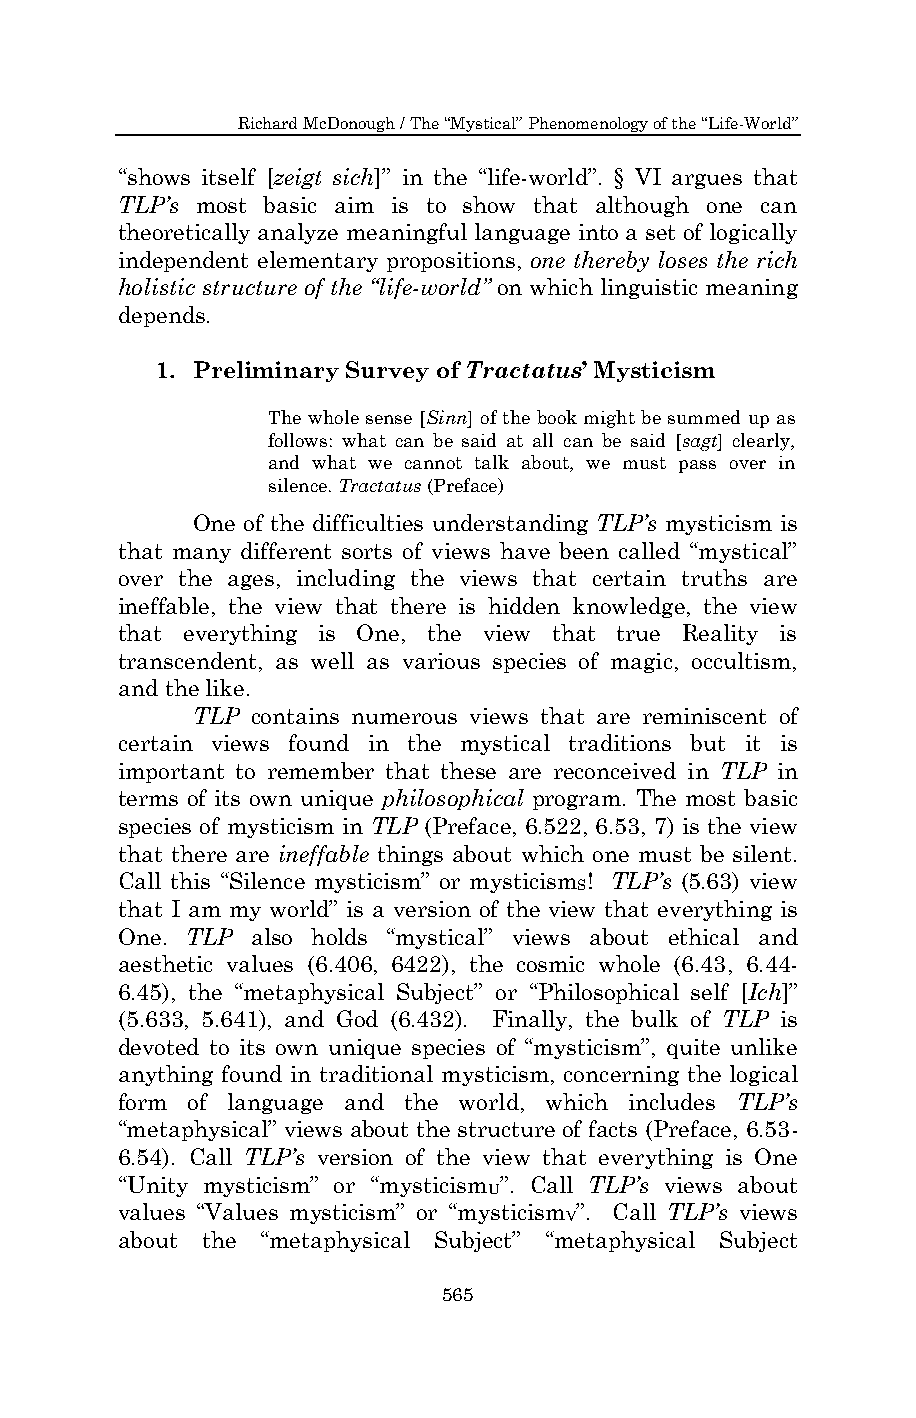
Richard McDonough / The “Mystical” Phenomenology of the “Life-World”
 “shows itself [zeigt sich]” in the “life-world”. § VI argues that
 TLP’s most basic aim is to show that although one can
 theoretically analyze meaningful language into a set of logically
 independent elementary propositions, one thereby loses the rich
 holistic structure of the “life-world” on which linguistic meaning
 depends.
 1. Preliminary Survey of Tractatus’ Mysticism
 The whole sense [Sinn] of the book might be summed up as
 follows: what can be said at all can be said [sagt] clearly,
 and what we cannot talk about, we must pass over in
 silence. Tractatus (Preface)
 One of the difficulties understanding TLP’s mysticism is
 that many different sorts of views have been called “mystical”
 over the ages, including the views that certain truths are
 ineffable, the view that there is hidden knowledge, the view
 that everything is One, the view that true Reality is
 transcendent, as well as various species of magic, occultism,
 and the like.
 TLP contains numerous views that are reminiscent of
 certain views found in the mystical traditions but it is
 important to remember that these are reconceived in TLP in
 terms of its own unique philosophical program. The most basic
 species of mysticism in TLP (Preface, 6.522, 6.53, 7) is the view
 that there are ineffable things about which one must be silent.
 Call this “Silence mysticism” or mysticism ! TLP’s (5.63) view
 S
 that I am my world” is a version of the view that everything is
 One. TLP also holds “mystical” views about ethical and
 aesthetic values (6.406, 6422), the cosmic whole (6.43, 6.44-
 6.45), the “metaphysical Subject” or “Philosophical self [Ich]”
 (5.633, 5.641), and God (6.432). Finally, the bulk of TLP is
 devoted to its own unique species of “mysticism”, quite unlike
 anything found in traditional mysticism, concerning the logical
 form of language and the world, which includes TLP’s
 “metaphysical” views about the structure of facts (Preface, 6.53-
 6.54). Call TLP’s version of the view that everything is One
 “Unity mysticism” or “mysticism ”. Call TLP’s views about
 U
 values “Values mysticism” or “mysticism ”. Call TLP’s views
 V
 about the “metaphysical Subject” “metaphysical Subject
 565